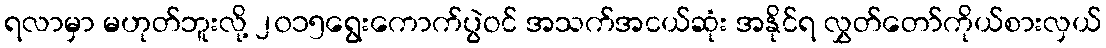
ရလာမှာ မဟုတ်ဘူးလို့ ၂၀၁၅ရွေးကောက်ပွဲဝင် အသက်အငယ်ဆုံး အနိုင်ရ လွှတ်တော်ကိုယ်စားလှယ်